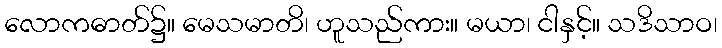
လောကဓာတ်၌။ မေသမာတိ၊ ဟူသည်ကား။ မယာ၊ ငါနှင့်။ သဒိသာဝ၊